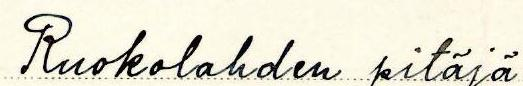
Ruokolahden pitäjä